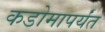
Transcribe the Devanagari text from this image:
कडोमापर्यंत